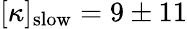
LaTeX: [\kappa]_{\mathrm{slow}}=9\pm 11